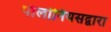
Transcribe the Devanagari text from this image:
पोलोनियसद्वारा